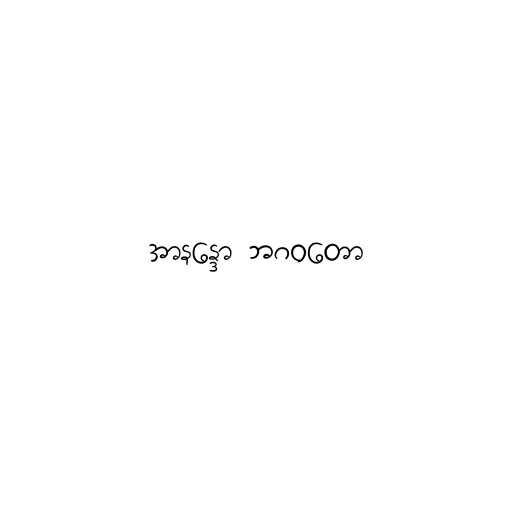
အာနန္ဒော ဘဂဝတော